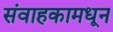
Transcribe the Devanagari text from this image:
संवाहकामधून